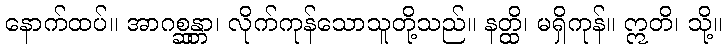
နောက်ထပ်။ အာဂစ္ဆန္တာ၊ လိုက်ကုန်သောသူတို့သည်။ နတ္ထိ၊ မရှိကုန်။ ဣတိ၊ သို့။